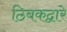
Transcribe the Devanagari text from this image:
ठिबकद्वारे